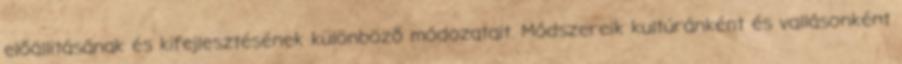
előállitásának és kifejlesztésének különböző módozatait. Módszereik kultúránként és vallásonként